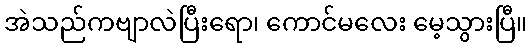
အဲသည်ကဗျာလဲပြီးရော၊ ကောင်မလေး မေ့သွားပြီ။